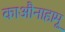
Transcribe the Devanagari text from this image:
काऔनाहामू